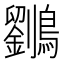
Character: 𱉄